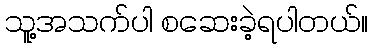
သူ့အသက်ပါ စဆေးခဲ့ရပါတယ်။